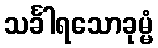
သင်္ခါရသောခုမ္မံ